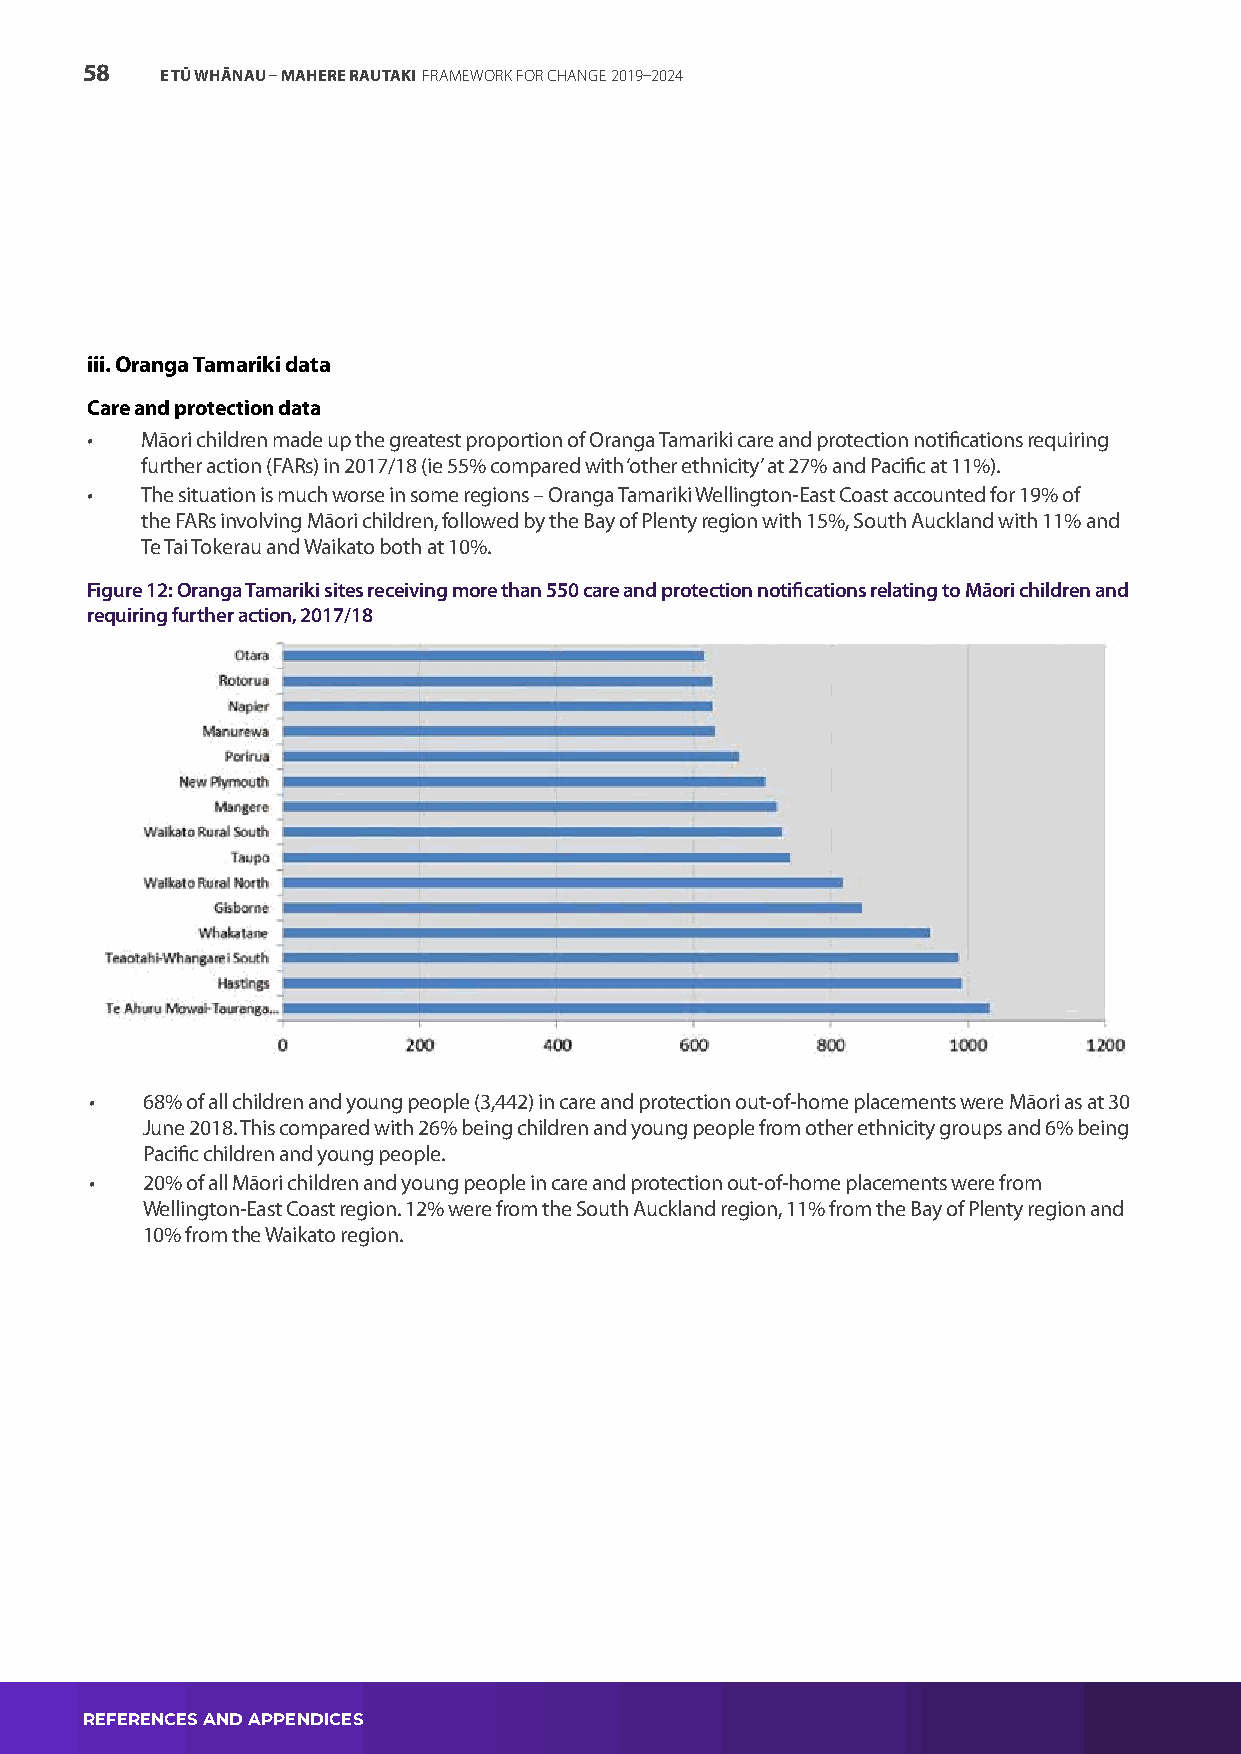
58    E TŪ WHĀNAU – MAHERE RAUTAKI FRAMEWORK FOR CHANGE 2019–2024
 iii. Oranga Tamariki data
 Care and protection data
 •  Māori children made up the greatest proportion of Oranga Tamariki care and protection notifications requiring
 further action (FARs) in 2017/18 (ie 55% compared with ‘other ethnicity’ at 27% and Pacific at 11%).
 •  The situation is much worse in some regions – Oranga Tamariki Wellington-East Coast accounted for 19% of
 the FARs involving Māori children, followed by the Bay of Plenty region with 15%, South Auckland with 11% and
 Te Tai Tokerau and Waikato both at 10%.
 Figure 12: Oranga Tamariki sites receiving more than 550 care and protection notifications relating to Māori children and
 requiring further action, 2017/18
 •  68% of all children and young people (3,442) in care and protection out-of-home placements were Māori as at 30
 June 2018. This compared with 26% being children and young people from other ethnicity groups and 6% being
 Pacific children and young people.
 •  20% of all Māori children and young people in care and protection out-of-home placements were from
 Wellington-East Coast region. 12% were from the South Auckland region, 11% from the Bay of Plenty region and
 10% from the Waikato region.
 REFERENCES AND APPENDICES